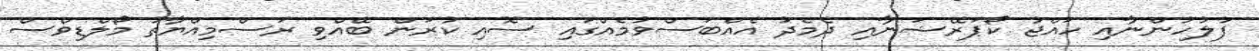
ފުލުހުންނާއި ހައްޖު ކޯޕަރޭޝަނާއި ދެމެދު އެއްބަސްވުމެއްގައި ސޮއި ކުރަން ބޭއްވި ރަސްމިއްޔާތު މޯލްޑިވްސް